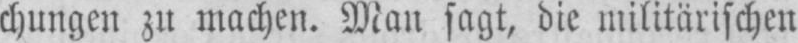
chungen zu machen. Man sagt, die militärischen